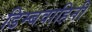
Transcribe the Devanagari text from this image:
डिम्बवाहिनी